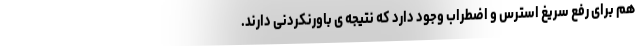
هم برای رفع سریغ استرس و اضطراب وجود دارد که نتیجه ی باورنکردنی دارند.